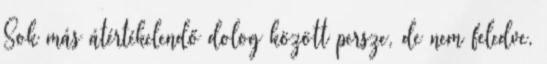
Sok más átértékelendő dolog között persze, de nem feledve,